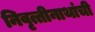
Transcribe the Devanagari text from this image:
निवृत्तीनाथांची